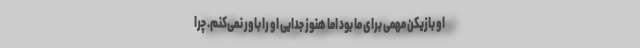
او بازیکن مهمی برای ما بود اما هنوز جدایی او را باور نمی‌کنم. چرا